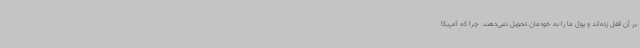
بر آن قفل زده‌اند و پول ما را به خودمان تحویل نمی‌دهند. چرا که آمریکا